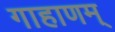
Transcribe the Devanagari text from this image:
गाहाणम्